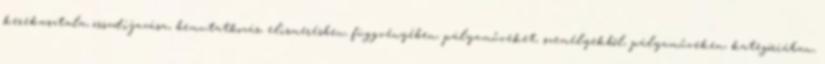
kerekasztala, összdíjazása, bemutatkozás, elismerésben, függvényében, pályaműveket, személyekből, pályaműveken, kategóriában,